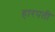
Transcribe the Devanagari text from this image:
हारपती